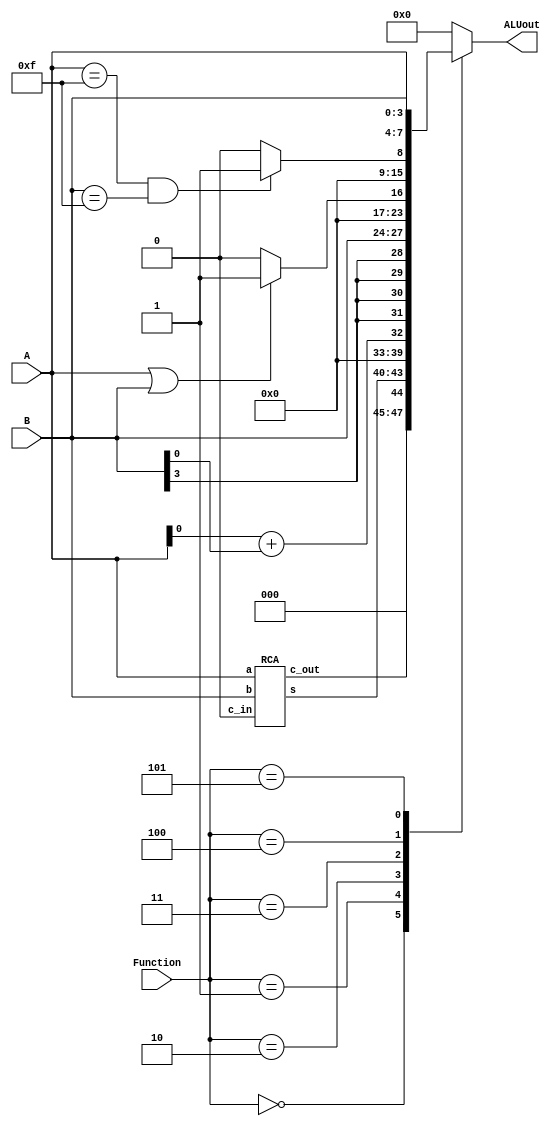
module part3(A, B, Function, ALUout);
	input [3 : 0] A;
	input [3 : 0] B;
	input [2:0] Function;
	output reg [7 : 0] ALUout;
	
	
	wire [4:0] adderResult;
	wire temp;
	assign temp = 1'b0;
	
	// Ripple carry adder
	RCA RCA1(A, B, 1'b0, adderResult[3:0], adderResult[4]);
	
	wire Asub = {1'b0, A};
	wire Bsub = {1'b0, B};

	always@(*) begin
		case (Function)
			3'b000 : ALUout = {{3'b0}, adderResult};
			3'b001 : ALUout = {{3'b0}, {Asub + Bsub}};
			3'b010 : ALUout = {{4{B[3]}}, B};
			3'b011 : ALUout = (A || B) ? 8'b00000001 : 8'b00000000;
			3'b100 : ALUout = (A == 4'b1111 && B == 4'b1111) ? 8'b00000001 : 8'b00000000;
			3'b101 : ALUout = {A, B};
			default: ALUout = 8'b00000000;
		endcase 
	end

endmodule 

module RCA(a, b, c_in, s, c_out);
	input [3:0] a;
	input [3:0] b;
	input c_in;
	output [3:0] s;
	output c_out;
	
	wire w1, w2, w3;

	FA adder1(a[0], b[0], c_in, s[0], w1);
	FA adder2(a[1], b[1], w1, s[1], w2);
	FA adder3(a[2], b[2], w2, s[2], w3);
	FA adder4(a[3], b[3], w3, s[3], c_out);

endmodule 

module FA(input a, b, c_in, output s, c_out);

	assign s = a ^ b ^ c_in;
	assign c_out = a & b | c_in & a | c_in & b;

endmodule